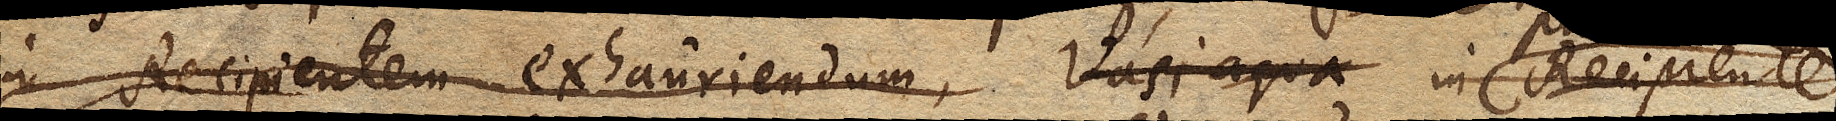
in Recipientem exhauriendum, Vasi aqua in Recipiente